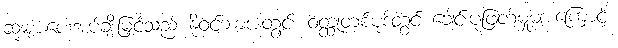
ဆုများပေးအပ်ချီးမြှင့်သည် နိုဝင်ဘာအတွင်း ဝတ္ထုတစ်ပုဒ်တွင် ခေါင်းပုံဖြတ်မှုများကြောင့်